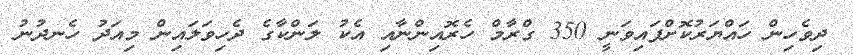
ދިވެހިން ހައްޔަރުކޮށްފައިވަނީ 350 ގްރާމް ހެރޮއިންނާއި އެކު ލަންކާގެ ދެހިވަލައިން މިއަދު ހެނދުނު